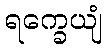
ရက္ခေယျံ